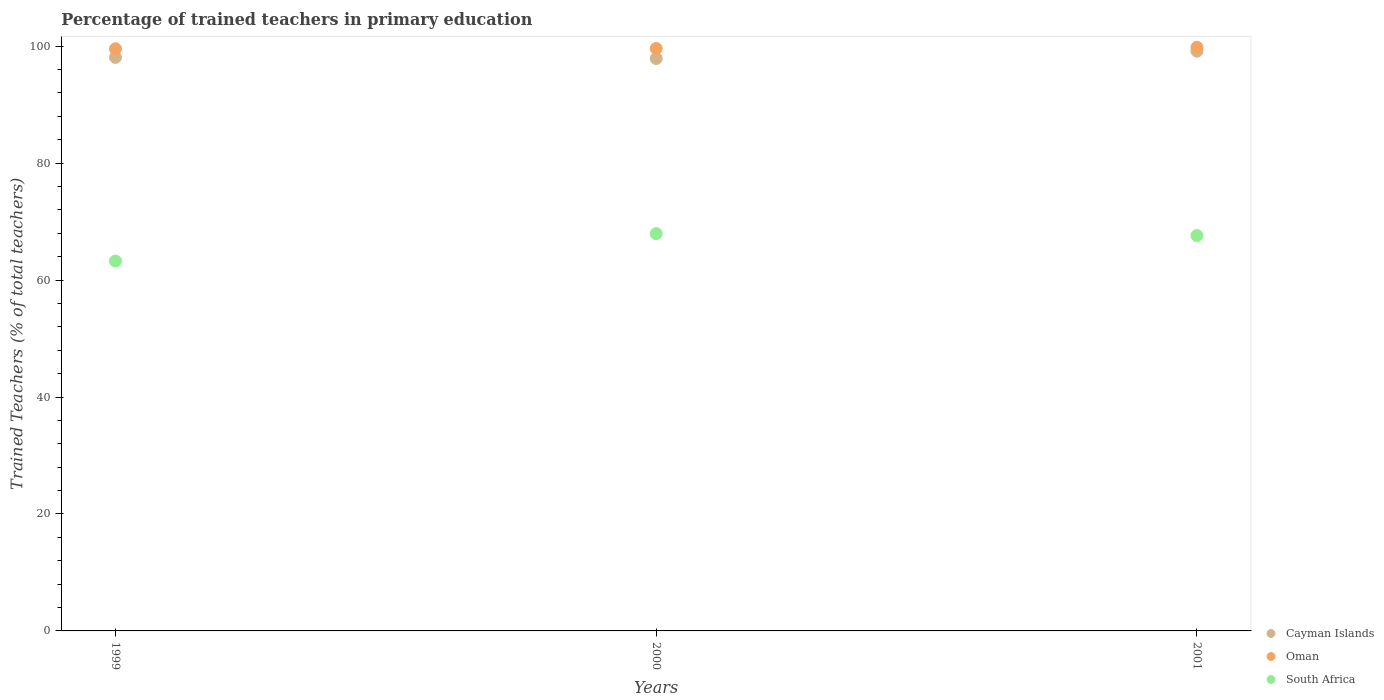
| Years | Cayman Islands | Oman | South Africa |
 | --- | --- | --- | --- |
 | 1999 | 98.1 | 99.6 | 63.3 |
 | 2000 | 97.9 | 99.6 | 67.9 |
 | 2001 | 99.1 | 99.8 | 67.6 |